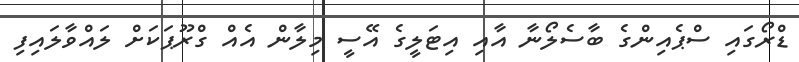
ޑްރޯގައި ސްޕެއިންގެ ބާސެލޯނާ އާއި އިޓަލީގެ އޭސީ މިލާން އެއް ގްރޫޕަކަށް ލައްވާލައިފި